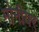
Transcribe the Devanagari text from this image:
मोनीयर